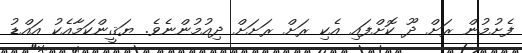
ފެށުމުން ރަށް ދޫ ކޮށްފައި އެކި ރަށް ރަށަށް ދިއުމުންނެވެ. ޔަޤީންކަމާއެކު އައްޑު